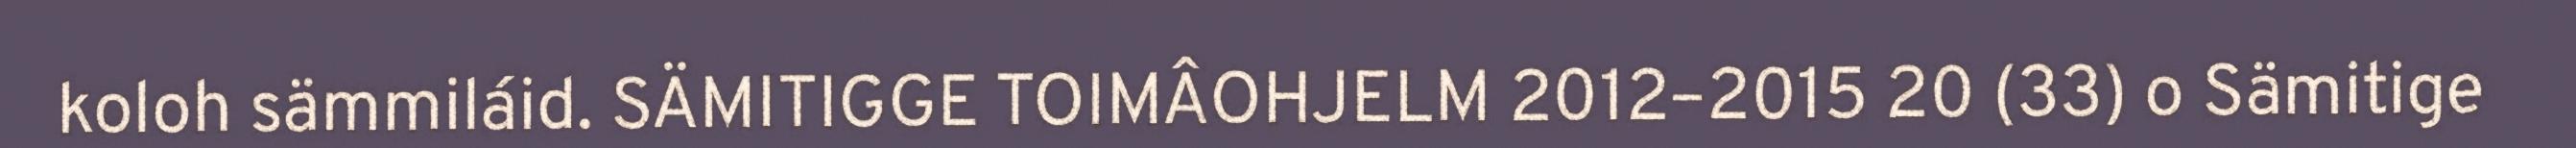
koloh sämmiláid. SÄMITIGGE TOIMÂOHJELM 2012–2015 20 (33) o Sämitige